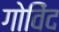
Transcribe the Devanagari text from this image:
गोविेंद